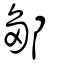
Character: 鄒